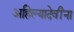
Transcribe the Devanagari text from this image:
अहिल्यादेवींना